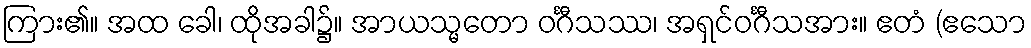
ကြား၏။ အထ ခေါ၊ ထိုအခါ၌။ အာယသ္မတော ဝင်္ဂီသဿ၊ အရှင်ဝင်္ဂီသအား။ ဧတံ (ဧသော